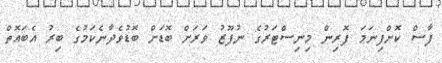
ފާސް ކޮށްފިނަމަ ފޮރިން މިނިސްޓަރުގެ ނުފޫޒު ވަރަށް ބޮޑަށް ބޮޑުވެދާނެކަމުގެ ބިރު އެބައޮތް